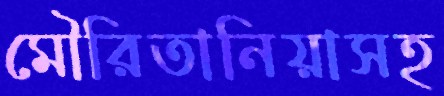
মৌরিতানিয়াসহ